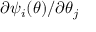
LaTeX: \partial \psi _ { i } ( { \boldsymbol { \theta } } ) / \partial \theta _ { j }